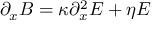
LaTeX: \partial _ { x } B = \kappa \partial _ { x } ^ { 2 } E + \eta E